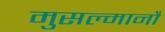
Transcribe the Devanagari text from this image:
मुसल्मानौं